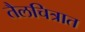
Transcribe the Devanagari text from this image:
तैलचित्रात